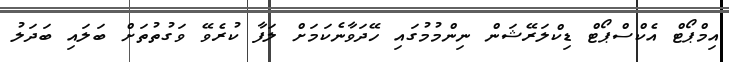
އިމްޕޯޓް އެކްސްޕޯޓް ޑިކްލަރޭޝަން ނިންމުމުގައި ހޭދަވާނެކަމަށް ލަފާ ކުރެވޭ ވަގުތުތަށް ބަލައި ބަދަލު